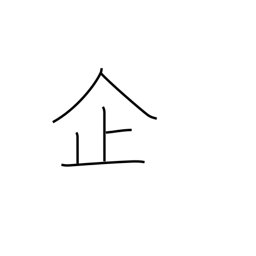
Meaning: plan